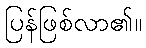
ပြန်ဖြစ်လာ၏။